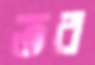
তব